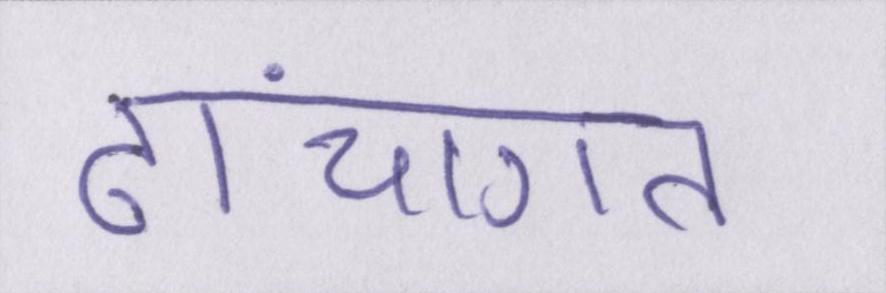
ढांचागत